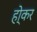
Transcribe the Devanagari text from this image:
हो्कर